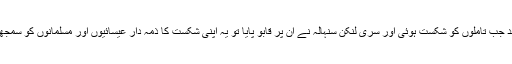
26سال بعد جب تاملوں کو شکست ہوئی اور سری لنکن سنہالہ نے ان پر قابو پایا تو یہ اپنی شکست کا ذمہ دار عیسائیوں اور مسلمانوں کو سمجھنے لگے ۔